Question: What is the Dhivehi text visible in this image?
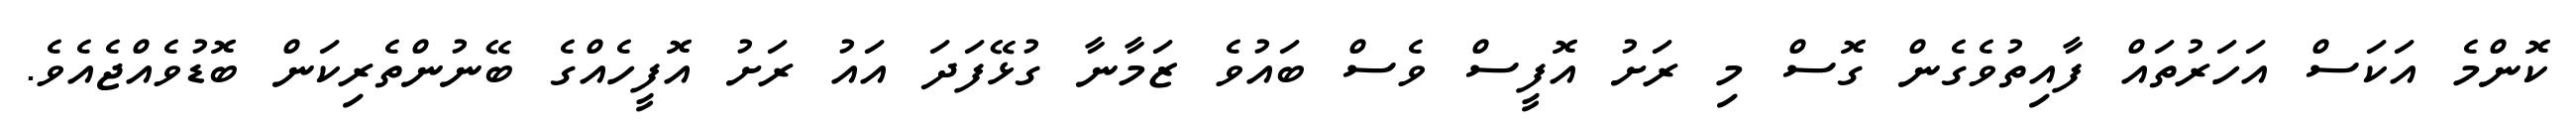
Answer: ކޮންމެ އަކަސް އަހަރުތައް ފާއިތުވެގެން ގޮސް މި ރަށު އޮފީސް ވެސް ބައުވެ ޒަމާނާ ގުޅޭފަދަ އައު ރަށު އޮފީހެއްގެ ބޭނުންތެރިކަން ބޮޑުވެއްޖެއެވެ.